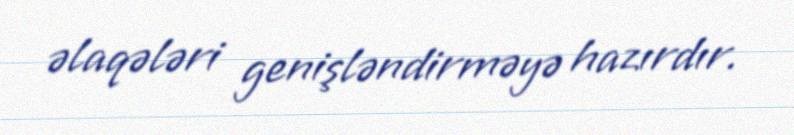
əlaqələri genişləndirməyə hazırdır.